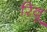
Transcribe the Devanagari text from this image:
रिवू